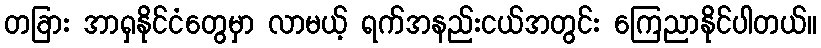
တခြား အာရှနိုင်ငံတွေမှာ လာမယ့် ရက်အနည်းငယ်အတွင်း ကြေညာနိုင်ပါတယ်။